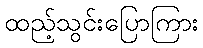
ထည့်သွင်းပြောကြား